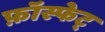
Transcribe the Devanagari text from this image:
फ़ॉस्फेट्